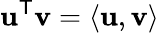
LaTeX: \mathbf{u}^{\mathsf{T}}\mathbf{v}=\langle\mathbf{u},\mathbf{v}\rangle